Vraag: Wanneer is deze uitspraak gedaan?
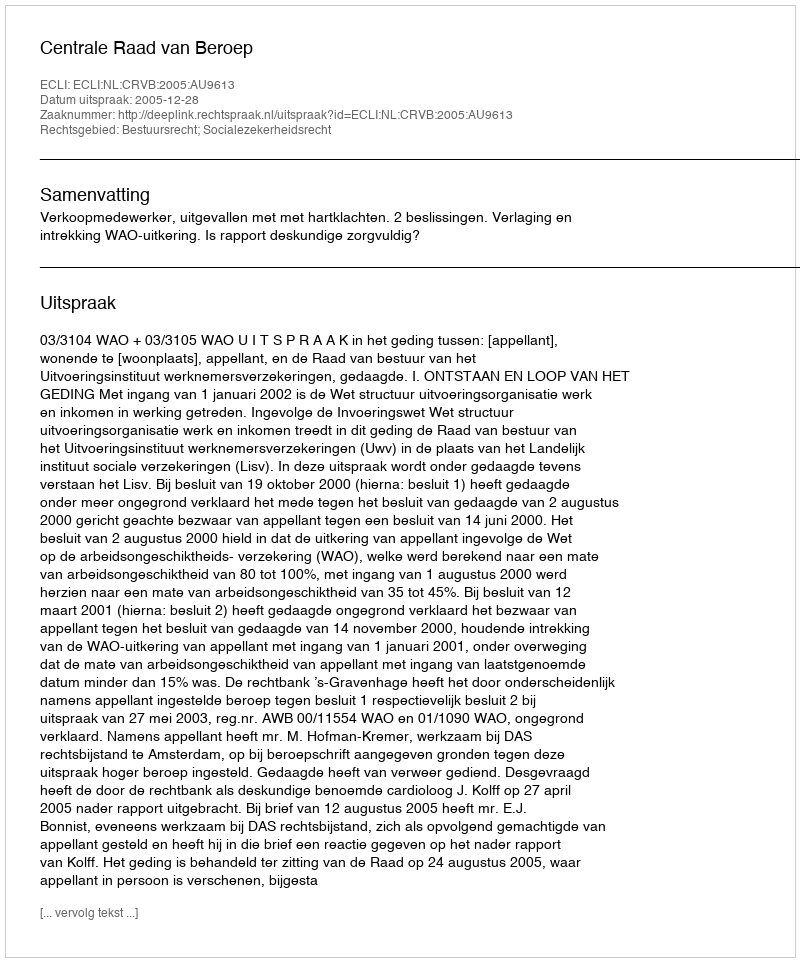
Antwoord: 2005-12-28